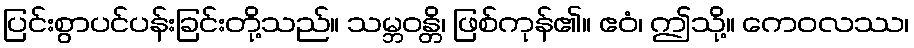
ပြင်းစွာပင်ပန်းခြင်းတို့သည်။ သမ္ဘဝန္တိ၊ ဖြစ်ကုန်၏။ ဧဝံ၊ ဤသို့။ ကေဝလဿ၊